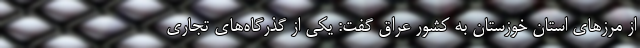
از مرزهای استان خوزستان به کشور عراق گفت: یکی از گذرگاه‌های تجاری